Leaving Certificate Examination (including Day School Certificate (Higher) General paper), 1935
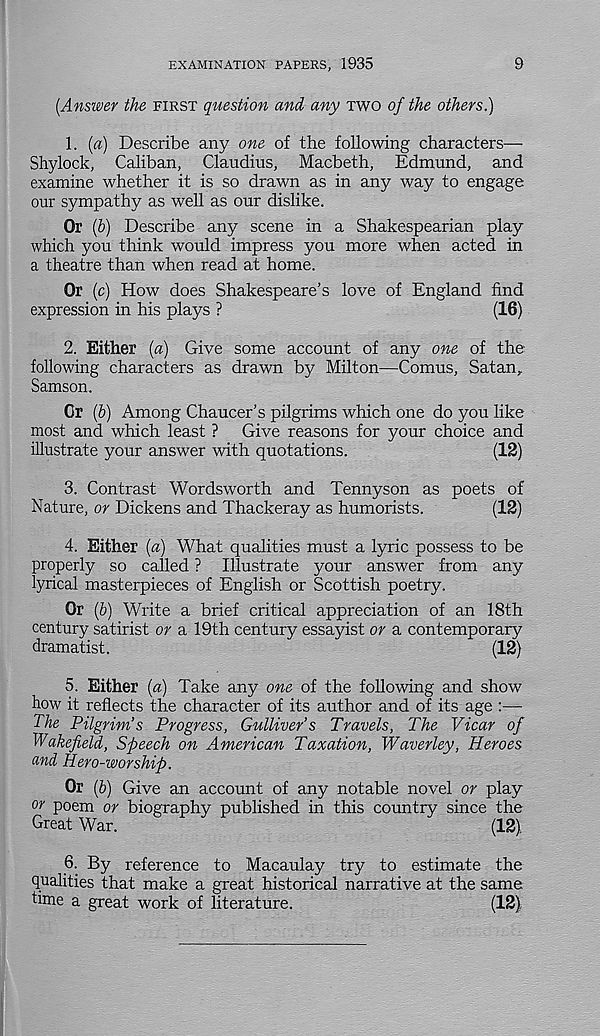
EXAMINATION PAPERS, 1935
9
(Answer the FIRST question and any TWO of the others.)
1. (a) Describe any one of the following characters—
Shylock, Caliban, Claudius, Macbeth, Edmund, and
examine whether it is so drawn as in any way to engage
our sympathy as well as our dislike.
Or (6) Describe any scene in a Shakespearian play
which you think would impress you more when acted in
a theatre than when read at home.
Or (c) How does Shakespeare’s love of England find
expression in his plays ?
(16)
2. Either (a) Give some account of any one of the
following characters as drawn by Milton—Comus, Satan,
Samson.
Or (h) Among Chaucer’s pilgrims which one do you like
most and which least ? Give reasons for your choice and
illustrate your answer with quotations.
(12)
3. Contrast Wordsworth and Tennyson as poets of
Nature, or Dickens and Thackeray as humorists.
(12)
4. Either (a) What qualities must a lyric possess to be
properly so called ? Illustrate your answer from any
lyrical masterpieces of English or Scottish poetry.
Or (6) Write a brief critical appreciation of an 18th
century satirist or a 19th century essayist or a contemporary
dramatist.
(12)
5. Either (a) Take any one of the following and show
how it reflects the character of its author and of its age :—
The Pilgrim’s Progress, Gulliver’s Travels, The Vicar of
Wakefield, Speech on American Taxation, Waverley, Heroes
and Hero-worship.
Or (6) Give an account of any notable novel or play
or poem or biography published in this country since the
Great War.
(12),
6. By reference to Macaulay try to estimate the
qualities that make a great historical narrative at the same
time a great work of literature.
(12),